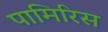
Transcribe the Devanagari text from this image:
पामिरिस